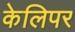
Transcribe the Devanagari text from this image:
केलिपर